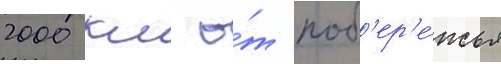
2000 км о́т поб'ер'е́жья